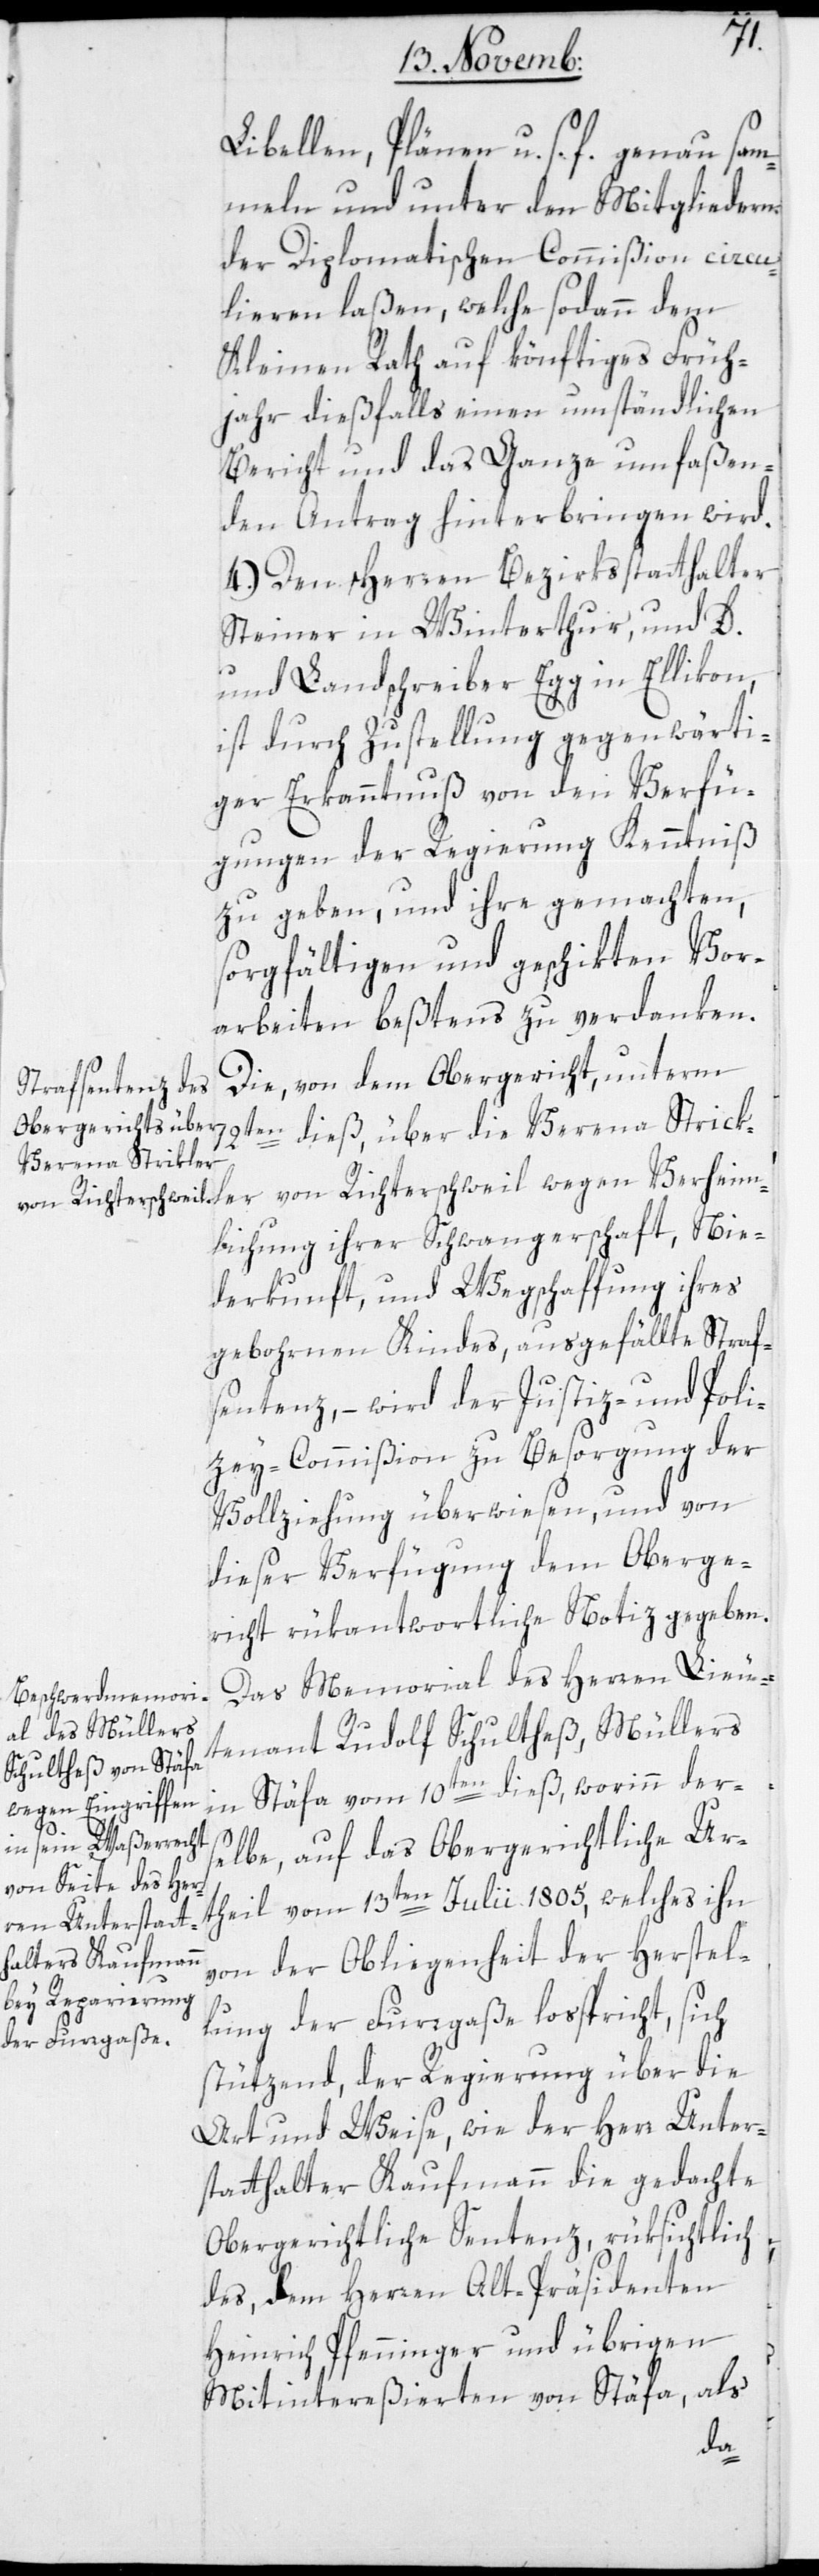
Libellen, Pläne u. s. f. genau sam¬
meln und unter den Mitgliedern
der Diplomatischen Commißion circu¬
lieren laßen, welche sodann dem
Kleinen Rath auf könftiges Früh¬
jahr dießfalls einen umständlichen
Bericht und das Ganze umfaßen¬
den Antrag hinterbringen wird.
4.) Den Herren Bezirksstatthalter
Steiner in Winterthur, und D.
und Landschreiber Egg in Ellikon,
ist durch Zustellung gegenwärti¬
ger Erkanntnuß von den Verfü¬
gungen der Regierung Kenntniß
zu geben, und ihre gemachten,
sorgfältigen und geschikten Vor¬
arbeiten beßtens zu verdanken.
Die von dem Obergericht unterm
12ten dieß, über die Verena Strickl¬
lichung ihrer Schwangerschaft, Nie¬
derkunft, und Wegschaffung ihres
gebornen Kindes, ausgefällte Straf¬
sentenz, – wird der Justiz- und Poli¬
zey-Commißion zu Besorgung der
Vollziehung überwiesen, und von
dieser Verfügung dem Oberge¬
richt rükantwortliche Notiz gegeben.
Das Memorial des Herren Lieu¬
tenants Rudolf Schultheß, Müllers
Ver¬
in Stäfa vom 10ten dieß, worinn der¬
selbe, auf das Obergerichtliche Ur¬
theil vom 13ten Julii 1805, welches ihn
von der Obliegenheit der Herstel¬
lung der Furrgaße losspricht, sich
stützend, der Regierung über die
Art und Weise, wie der Herr Unter¬
statthalter Kaufmann die gedachte
Obergerichtliche Sentenz, rüksichtlich
des, dem Herren Alt-Präsidenten
Heinrich Pfenninger und übrigen
Mitintereßierten von Stäfa, als
heim¬